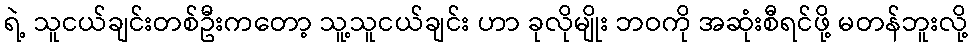
ရဲ့ သူငယ်ချင်းတစ်ဦးကတော့ သူ့သူငယ်ချင်း ဟာ ခုလိုမျိုး ဘဝကို အဆုံးစီရင်ဖို့ မတန်ဘူးလို့